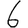
Digit: 6